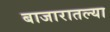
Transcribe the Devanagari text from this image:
बाजारातल्या